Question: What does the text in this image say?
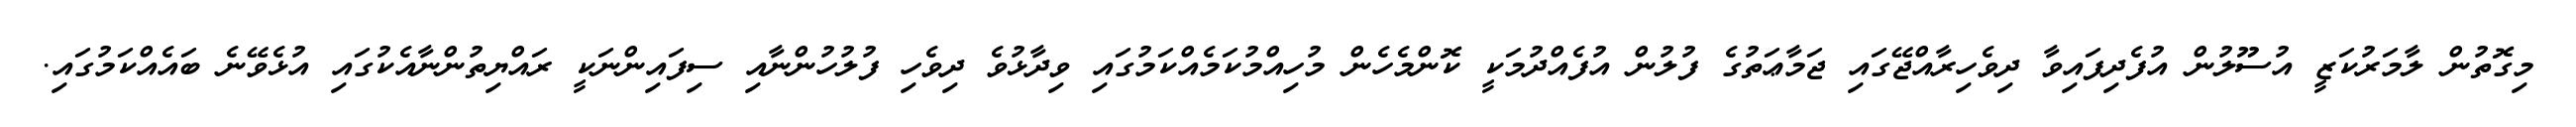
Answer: މިގޮތުން ލާމަރުކަޒީ އުސޫލުން އުފެދިފައިވާ ދިވެހިރާއްޖޭގައި ޖަމާޢަތުގެ ފުލުން އުފެއްދުމަކީ ކޮންމެހެން މުހިއްމުކަމެއްކަމުގައި ވިދާޅުވެ ދިވެހި ފުލުހުންނާއި ސިފައިންނަކީ ރައްޔިތުންނާއެކުގައި އުޅެވޭނެ ބައެއްކަމުގައި.